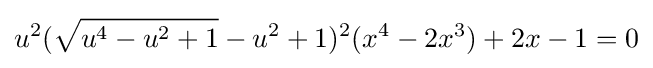
u^{2}({\sqrt {u^{4}-u^{2}+1}}-u^{2}+1)^{2}(x^{4}-2x^{3})+2x-1=0